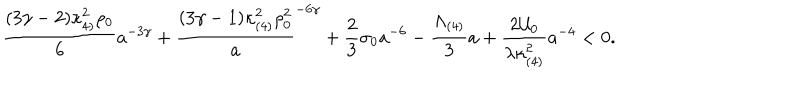
LaTeX: \frac { ( 3 \gamma - 2 ) \kappa _ { 4 ) } ^ { 2 } \rho _ { 0 } } { 6 } a ^ { - 3 \gamma } + \frac { ( 3 \gamma - 1 ) \kappa _ { ( 4 ) } ^ { 2 } \rho _ { 0 } ^ { 2 } } a ^ { - 6 \gamma } + \frac { 2 } { 3 } \sigma _ { 0 } a ^ { - 6 } - \frac { \Lambda _ { ( 4 ) } } { 3 } a + \frac { 2 { \cal U } _ { 0 } } { \lambda \kappa _ { ( 4 ) } ^ { 2 } } a ^ { - 4 } < 0 .